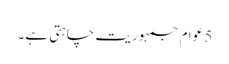
5 عوام جمہوریت چاہتی ہے۔